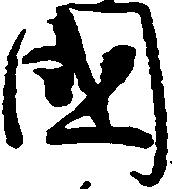
国